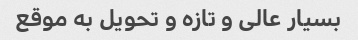
بسیار عالی و تازه و تحویل به موقع